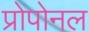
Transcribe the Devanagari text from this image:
प्रोपोनल